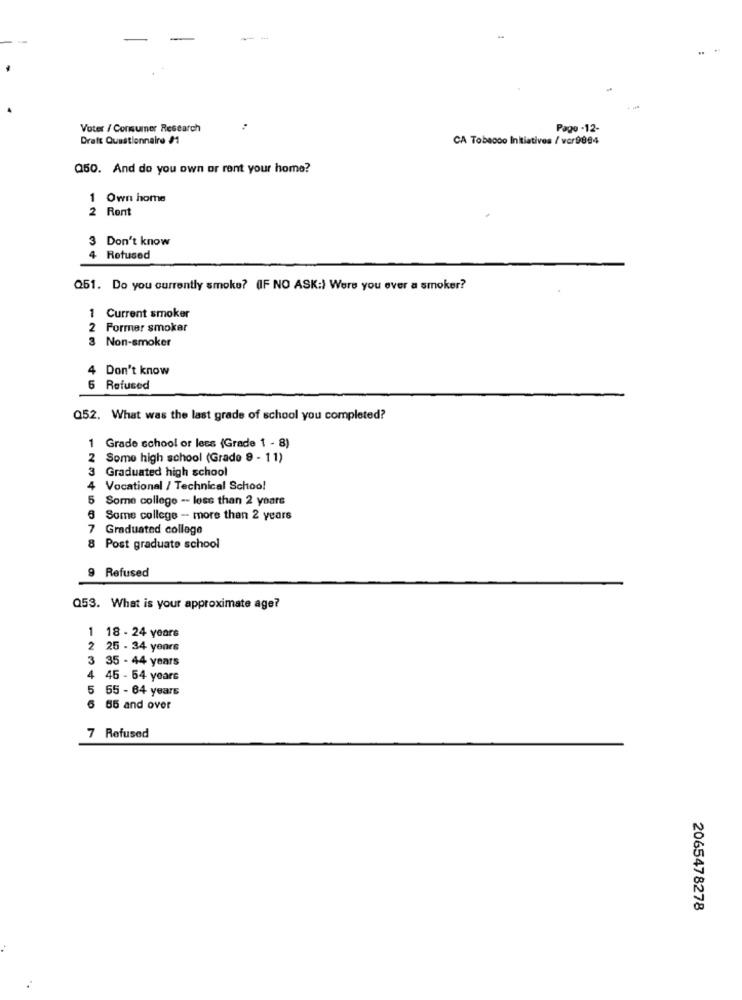
Voter / Consumer Research
Pago -12-
Draft Questionnaire #1
CA Tobacco Initiatives / vor9884
Q50. And do you own or rent your home?
1 Own home
2 Rent
Don't know
Rotused
34
Q51. Do you currently smoke? (IF NO ASK:) Were you ever a smoker?
1 Current smoker
2 Former smoker
3 Non-smoker
Don't know
6 Refused
052. What was the last grade of school you completed?
1 Grade school or less (Grade 1 - 8)
2 Some high school (Grade 9 - 11)
3 Graduated high school
Vocational / Technical School
Some college -- less than 2 years
5 Some college - more than 2 years
Graduated college
8 Post graduate school
9 Refused
Q53. What is your approximate age?
1 18 - 24 years
2 25 - 34 years
3 35 - 44 years
4 45 - 64 years
5 55 - 64 years
65 and over
7 Refused
2065478278